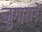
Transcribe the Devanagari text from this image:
जुगारानें